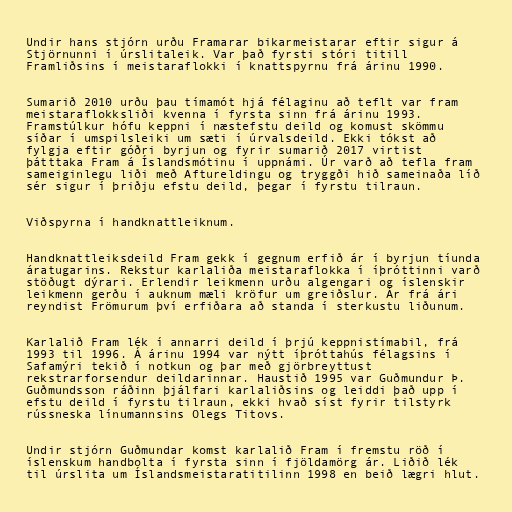
Undir hans stjórn urðu Framarar bikarmeistarar eftir sigur á
Stjörnunni í úrslitaleik. Var það fyrsti stóri titill
Framliðsins í meistaraflokki í knattspyrnu frá árinu 1990.

Sumarið 2010 urðu þau tímamót hjá félaginu að teflt var fram
meistaraflokksliði kvenna í fyrsta sinn frá árinu 1993.
Framstúlkur hófu keppni í næstefstu deild og komust skömmu
síðar í umspilsleiki um sæti í úrvalsdeild. Ekki tókst að
fylgja eftir góðri byrjun og fyrir sumarið 2017 virtist
þátttaka Fram á Íslandsmótinu í uppnámi. Úr varð að tefla fram
sameiginlegu liði með Aftureldingu og tryggði hið sameinaða líð
sér sigur í þriðju efstu deild, þegar í fyrstu tilraun.

Viðspyrna í handknattleiknum.

Handknattleiksdeild Fram gekk í gegnum erfið ár í byrjun tíunda
áratugarins. Rekstur karlaliða meistaraflokka í íþróttinni varð
stöðugt dýrari. Erlendir leikmenn urðu algengari og íslenskir
leikmenn gerðu í auknum mæli kröfur um greiðslur. Ár frá ári
reyndist Frömurum því erfiðara að standa í sterkustu liðunum.

Karlalið Fram lék í annarri deild í þrjú keppnistímabil, frá
1993 til 1996. Á árinu 1994 var nýtt íþróttahús félagsins í
Safamýri tekið í notkun og þar með gjörbreyttust
rekstrarforsendur deildarinnar. Haustið 1995 var Guðmundur Þ.
Guðmundsson ráðinn þjálfari karlaliðsins og leiddi það upp í
efstu deild í fyrstu tilraun, ekki hvað síst fyrir tilstyrk
rússneska línumannsins Olegs Titovs.

Undir stjórn Guðmundar komst karlalið Fram í fremstu röð í
íslenskum handbolta í fyrsta sinn í fjöldamörg ár. Liðið lék
til úrslita um Íslandsmeistaratitilinn 1998 en beið lægri hlut.